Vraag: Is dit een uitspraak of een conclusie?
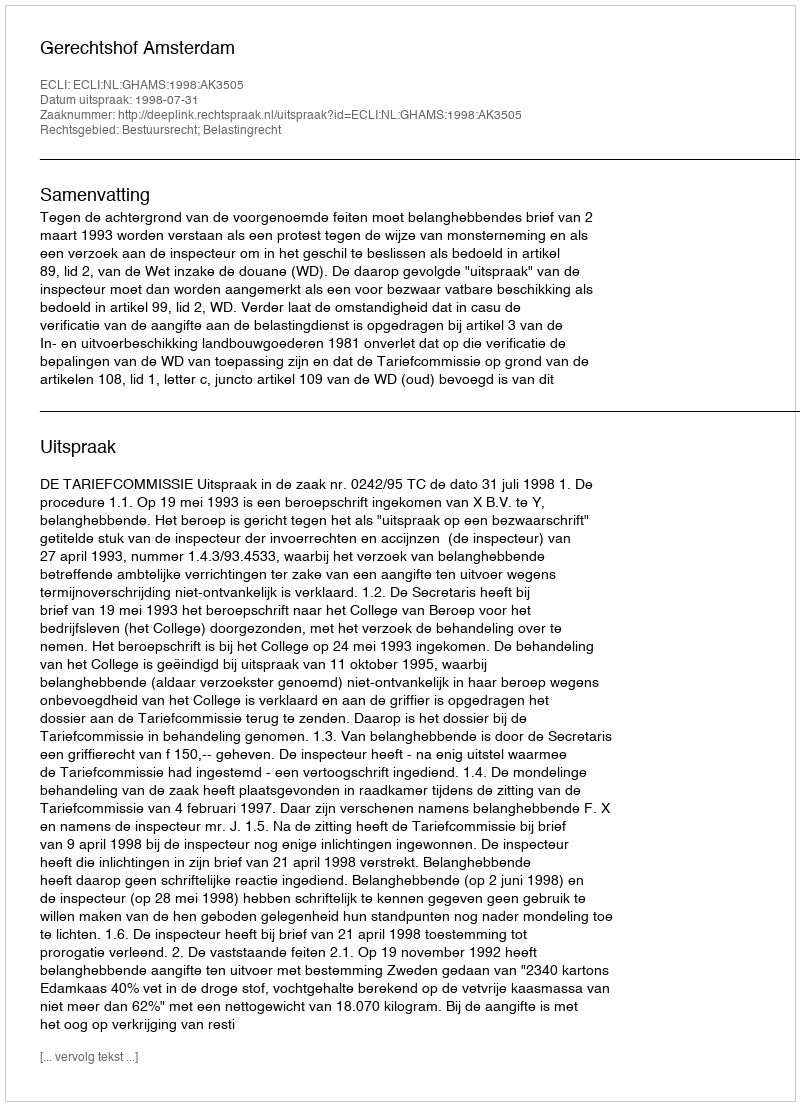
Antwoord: Uitspraak